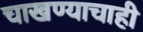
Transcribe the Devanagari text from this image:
चाखण्याचाही